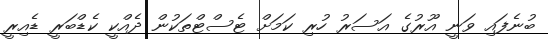
ބުނެފައި ވަނީ އޫރުގެ އަސަރު ހުރި ކަމަށް ޓެސްޓްތަކުން ދެއްކީ ކެޑްބަރީ ޑެއިރީ